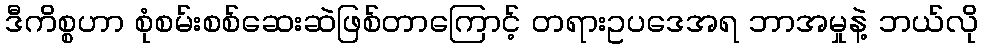
ဒီကိစ္စဟာ စုံစမ်းစစ်ဆေးဆဲဖြစ်တာကြောင့် တရားဥပဒေအရ ဘာအမှုနဲ့ ဘယ်လို